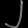
Digit: ၂